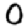
Digit: 0